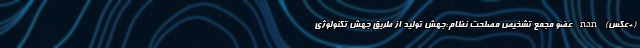
(+عکس) nan عضو مجمع تشخیص مصلحت نظام:جهش تولید از طریق جهش تکنولوژی